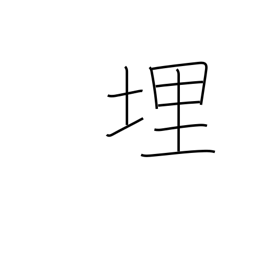
Meaning: embedded